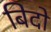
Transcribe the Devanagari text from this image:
बिदो